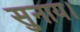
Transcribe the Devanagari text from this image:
सुनाय।